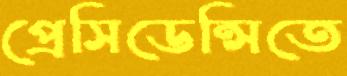
প্রেসিডেন্সিতে